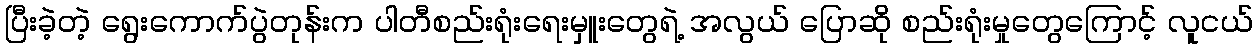
ပြီးခဲ့တဲ့ ရွေးကောက်ပွဲတုန်းက ပါတီစည်းရုံးရေးမှူးတွေရဲ့ အလွယ် ပြောဆို စည်းရုံးမှုတွေကြောင့် လူငယ်